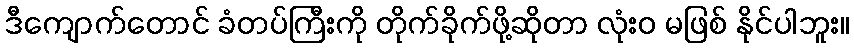
ဒီကျောက်တောင် ခံတပ်ကြီးကို တိုက်ခိုက်ဖို့ဆိုတာ လုံးဝ မဖြစ် နိုင်ပါဘူး။